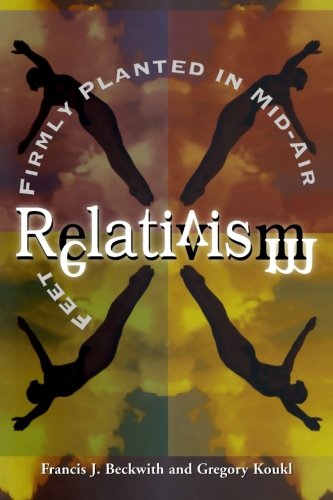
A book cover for Relativism: Feet Firmly Planted in Mid-Air; Francis J. Beckwith; Religion & Spirituality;